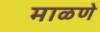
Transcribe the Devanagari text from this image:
माळणे